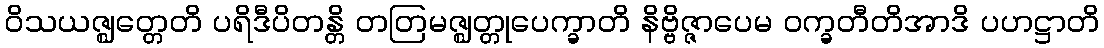
ဝိသယဇ္ဈတ္တေတိ ပရိဒီပိတန္တိ တတြမဇ္ဈတ္တုပေက္ခာတိ နိဗ္ဗိဇ္ဇာပေမ ဝက္ခတီတိအာဒိ ပဟဋ္ဌာတိ